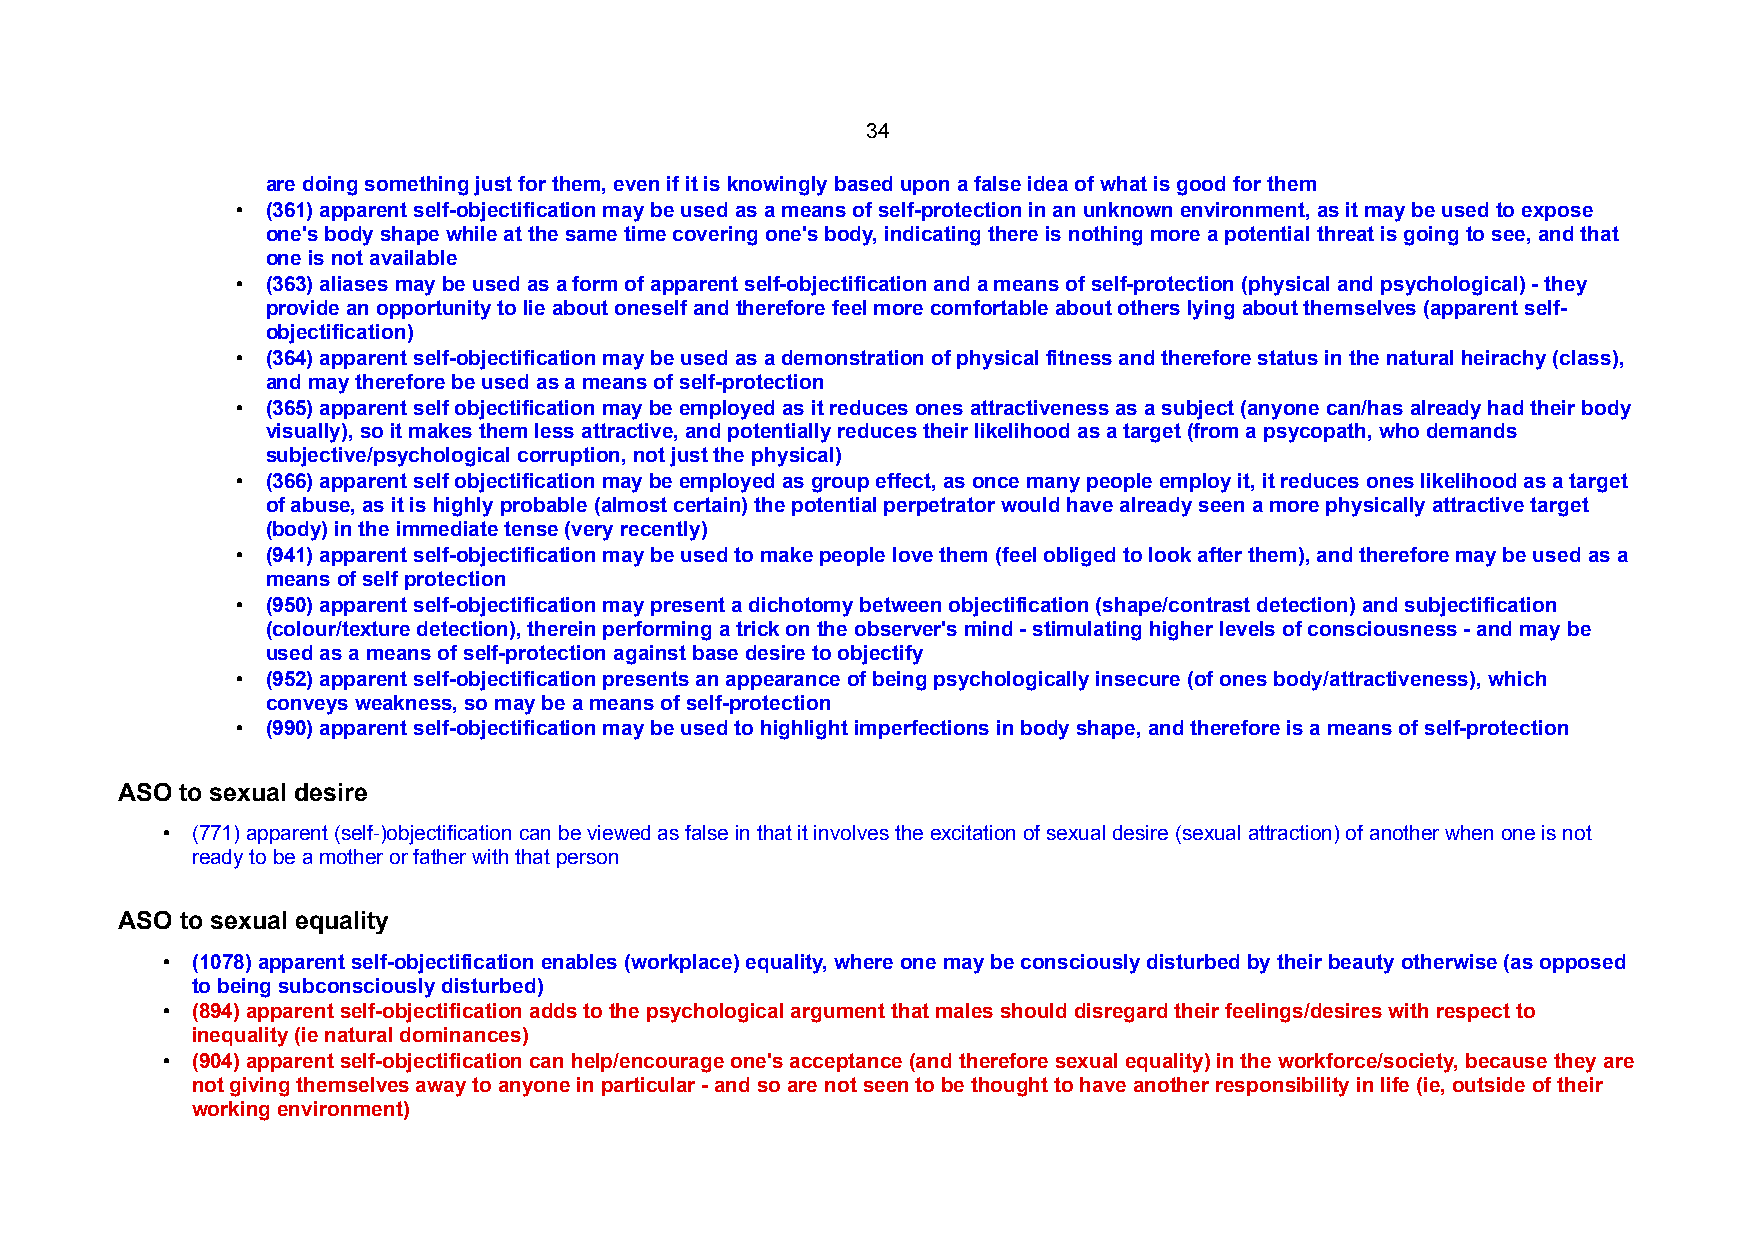
34
 are doing something just for them, even if it is knowingly based upon a false idea of what is good for them
 • (361) apparent self-objectification may be used as a means of self-protection in an unknown environment, as it may be used to expose
 one's body shape while at the same time covering one's body, indicating there is nothing more a potential threat is going to see, and that
 one is not available
 • (363) aliases may be used as a form of apparent self-objectification and a means of self-protection (physical and psychological) - they
 provide an opportunity to lie about oneself and therefore feel more comfortable about others lying about themselves (apparent self-
 objectification)
 • (364) apparent self-objectification may be used as a demonstration of physical fitness and therefore status in the natural heirachy (class),
 and may therefore be used as a means of self-protection
 • (365) apparent self objectification may be employed as it reduces ones attractiveness as a subject (anyone can/has already had their body
 visually), so it makes them less attractive, and potentially reduces their likelihood as a target (from a psycopath, who demands
 subjective/psychological corruption, not just the physical)
 • (366) apparent self objectification may be employed as group effect, as once many people employ it, it reduces ones likelihood as a target
 of abuse, as it is highly probable (almost certain) the potential perpetrator would have already seen a more physically attractive target
 (body) in the immediate tense (very recently)
 • (941) apparent self-objectification may be used to make people love them (feel obliged to look after them), and therefore may be used as a
 means of self protection
 • (950) apparent self-objectification may present a dichotomy between objectification (shape/contrast detection) and subjectification
 (colour/texture detection), therein performing a trick on the observer's mind - stimulating higher levels of consciousness - and may be
 used as a means of self-protection against base desire to objectify
 • (952) apparent self-objectification presents an appearance of being psychologically insecure (of ones body/attractiveness), which
 conveys weakness, so may be a means of self-protection
 • (990) apparent self-objectification may be used to highlight imperfections in body shape, and therefore is a means of self-protection
 ASO to sexual desire
 • (771) apparent (self-)objectification can be viewed as false in that it involves the excitation of sexual desire (sexual attraction) of another when one is not
 ready to be a mother or father with that person
 ASO to sexual equality
 • (1078) apparent self-objectification enables (workplace) equality, where one may be consciously disturbed by their beauty otherwise (as opposed
 to being subconsciously disturbed)
 • (894) apparent self-objectification adds to the psychological argument that males should disregard their feelings/desires with respect to
 inequality (ie natural dominances)
 • (904) apparent self-objectification can help/encourage one's acceptance (and therefore sexual equality) in the workforce/society, because they are
 not giving themselves away to anyone in particular - and so are not seen to be thought to have another responsibility in life (ie, outside of their
 working environment)